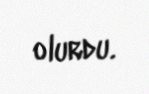
olurdu.